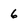
Character: 6